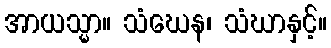
အာယသ္မာ။ သံဃေန၊ သံဃာနှင့်။